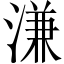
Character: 溓